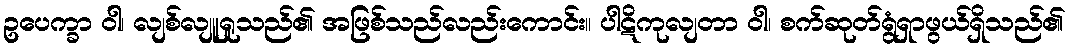
ဥပေက္ခာ ဝါ၊ လျစ်လျူရှုသည်၏ အဖြစ်သည်လည်းကောင်း။ ပါဋိကုလျတာ ဝါ၊ စက်ဆုတ်ရွံရှာဖွယ်ရှိသည်၏